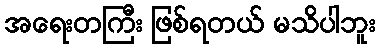
အရေးတကြီး ဖြစ်ရတယ် မသိပါဘူး